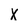
Character: x